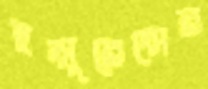
ইন্সুরেন্সের